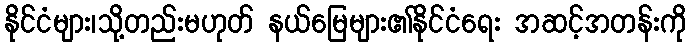
နိုင်ငံများ၊သို့တည်းမဟုတ် နယ်မြေများ၏နိုင်ငံရေး အဆင့်အတန်းကို